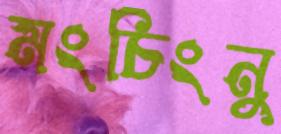
মংচিংনু